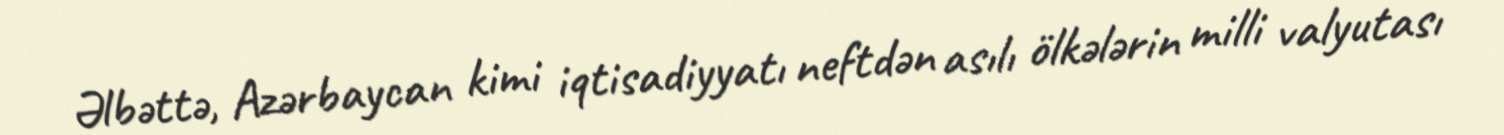
Əlbəttə, Azərbaycan kimi iqtisadiyyatı neftdən asılı ölkələrin milli valyutası